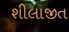
શીલાજીત